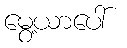
မွေ့ယာပေါ်